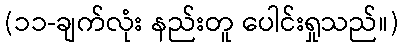
(၁၁-ချက်လုံး နည်းတူ ပေါင်းရှုသည်။)